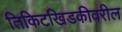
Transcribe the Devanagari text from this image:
तिकिटखिडकीवरील